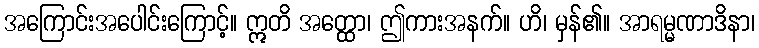
အကြောင်းအပေါင်းကြောင့်။ ဣတိ အတ္ထော၊ ဤကားအနက်။ ဟိ၊ မှန်၏။ အာရမ္မဏာဒိနာ၊